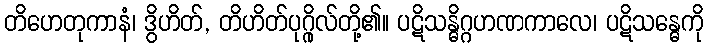
တိဟေတုကာနံ၊ ဒွိဟိတ်, တိဟိတ်ပုဂ္ဂိုလ်တို့၏။ ပဋိသန္ဓိဂ္ဂဟဏကာလေ၊ ပဋိသန္ဓေကို